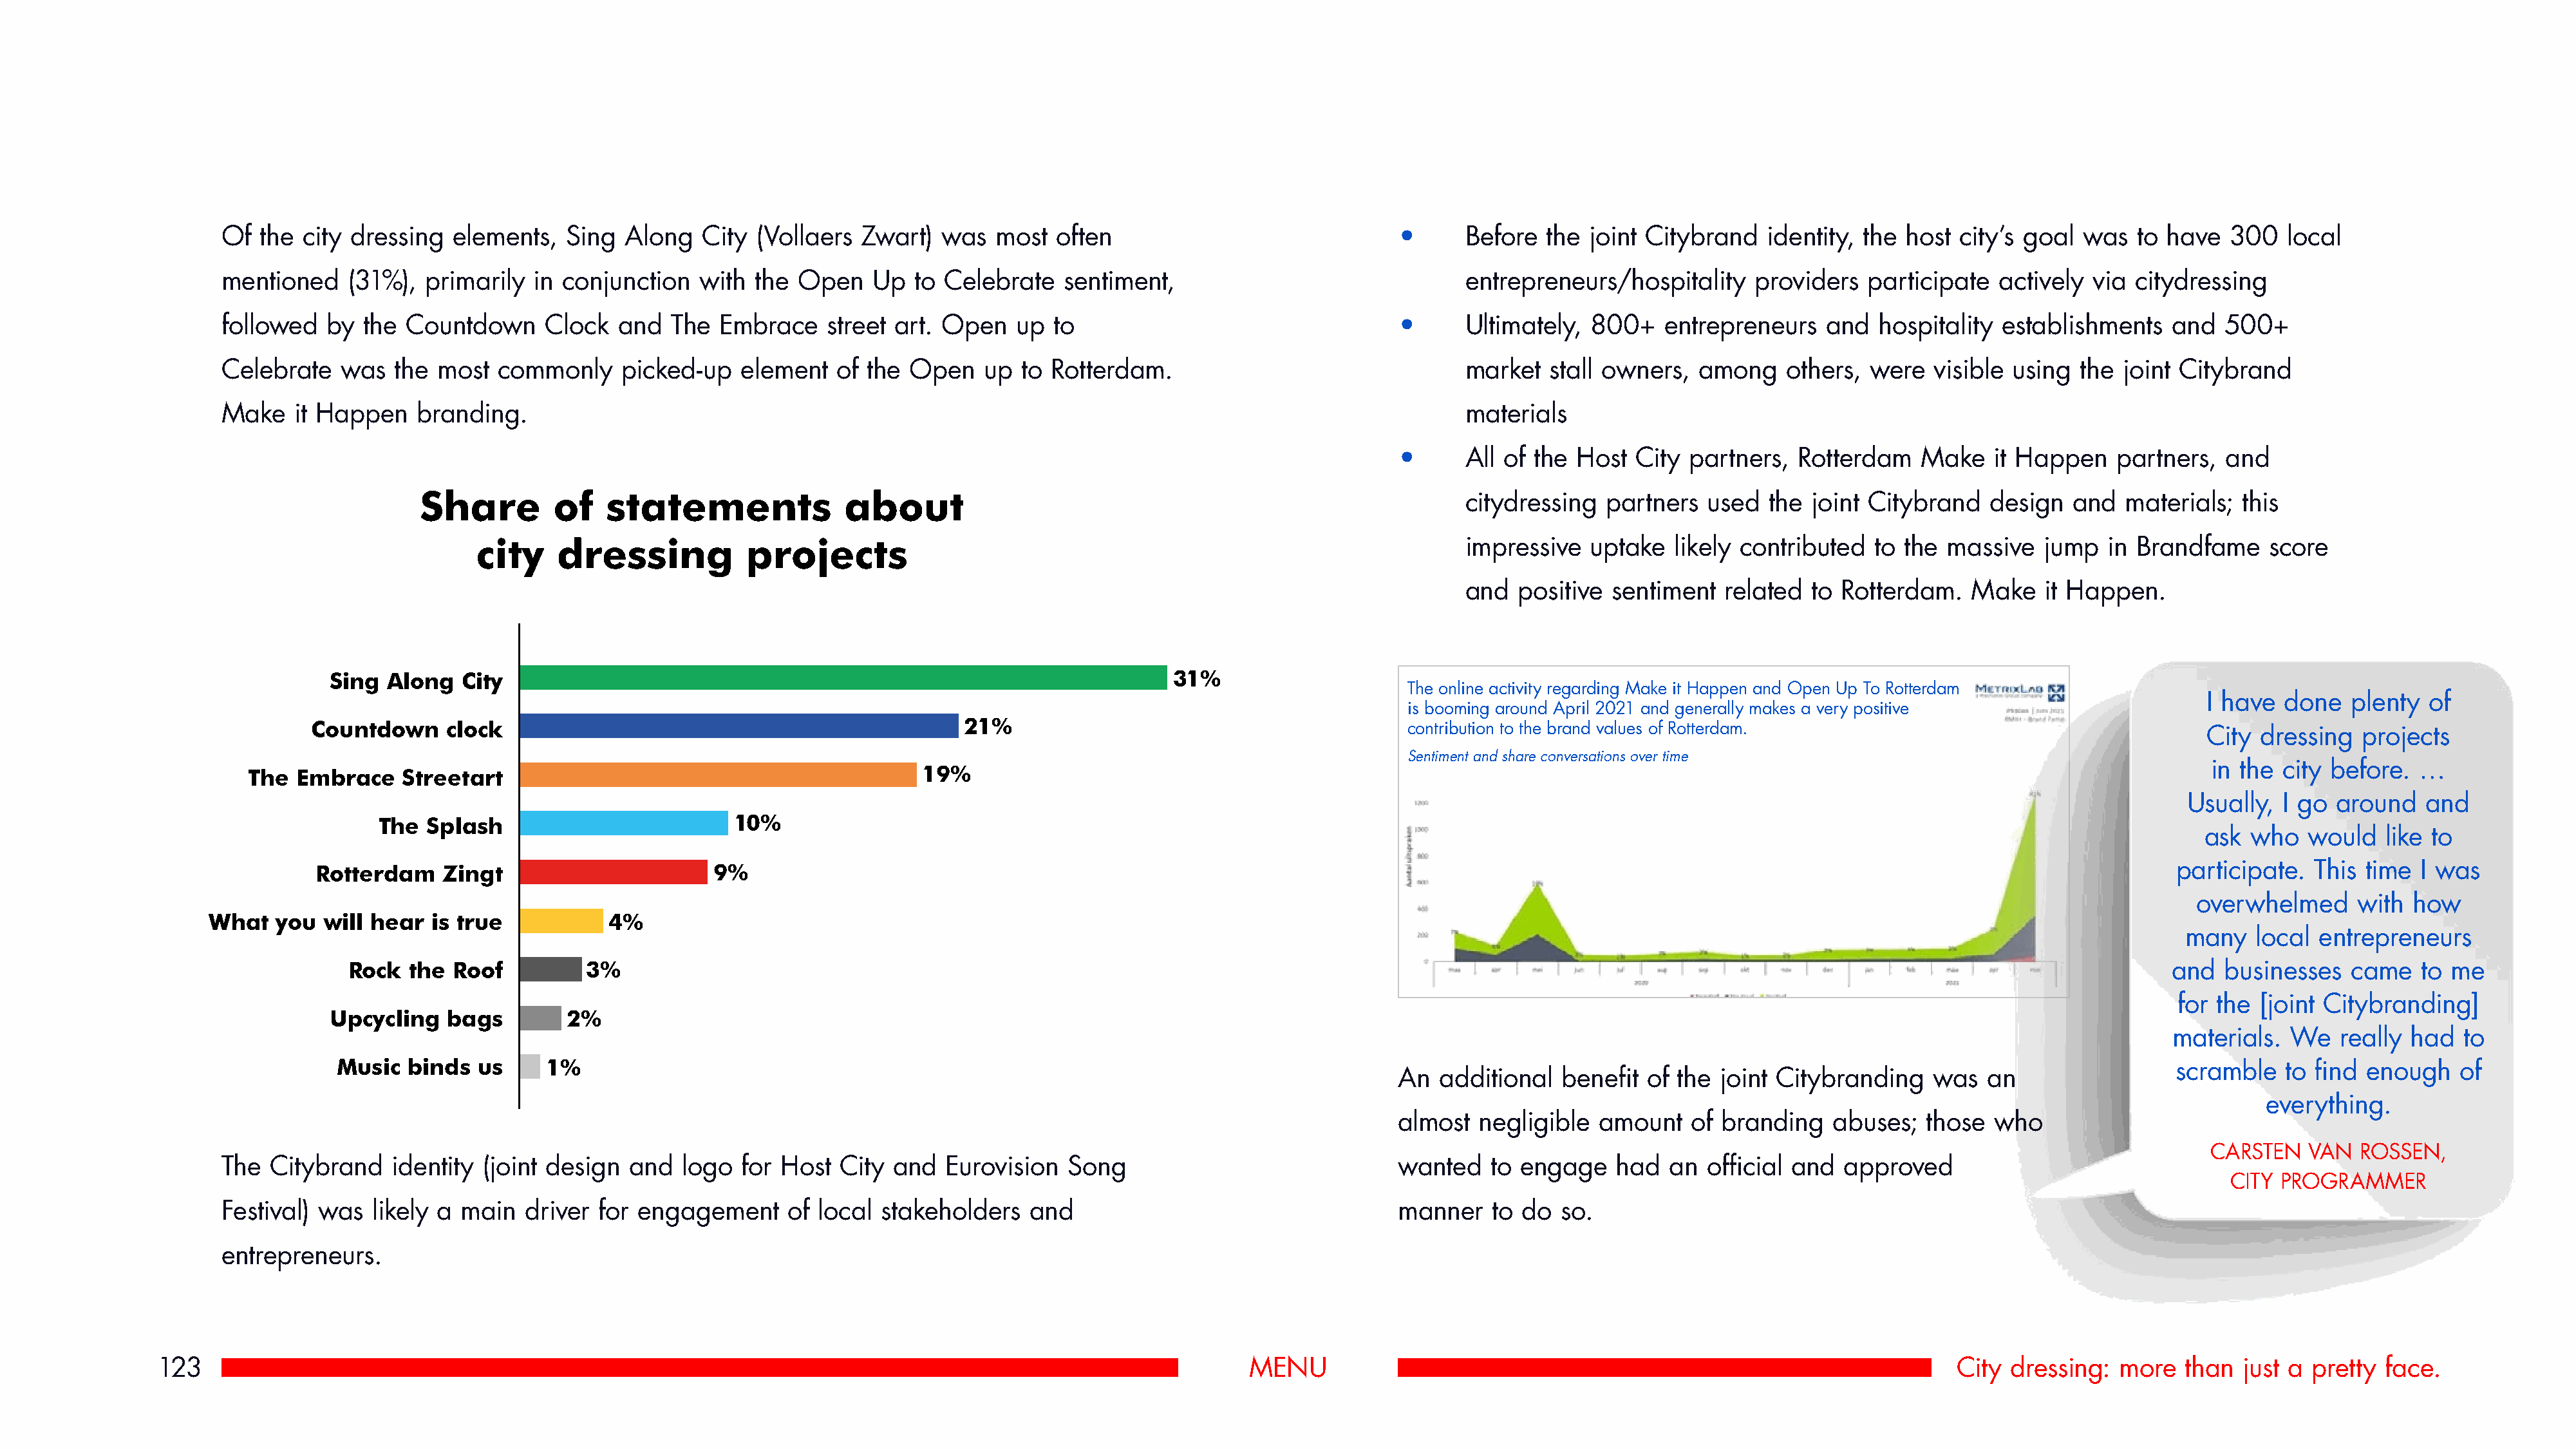
Of  the city dressing   elements,  Sing  Along   City  (Vollaers  Zwart)  was  most   often                              •      Before  the joint Citybrand    identity, the host city’s goal  was   to have  300   local
 mentioned    (31%),  primarily  in conjunction   with  the Open    Up  to Celebrate   sentiment,                                entrepreneurs/hospitality    providers   participate  actively  via citydressing
 followed   by the  Countdown     Clock   and  The  Embrace    street art. Open   up  to                                  •      Ultimately,  800+   entrepreneurs    and  hospitality  establishments   and   500+
 Celebrate   was   the most  commonly     picked-up   element   of the  Open   up  to Rotterdam.                                 market  stall owners,   among    others, were   visible using  the joint Citybrand
 Make   it Happen    branding.                                                                                                   materials
 •      All of the Host  City  partners,  Rotterdam   Make    it Happen    partners,  and
 Share         of   statements               about                                                           citydressing  partners   used  the joint Citybrand    design  and  materials;   this
 city    dressing            projects                                                                  impressive   uptake  likely contributed   to the massive   jump   in Brandfame    score
 and  positive  sentiment  related  to Rotterdam.    Make   it Happen.
 Sing  Along  City                                                                      31%
 The online activity regarding Make it Happen and Open Up To Rotterdam
 I have  done   plenty  of
 is booming around April 2021 and generally makes a very positive
 Countdown     clock                                                21%                                           contribution to the brand values of Rotterdam.                                    City dressing   projects
 Sentiment and share conversations over time
 in the  city before.  …
 The Embrace    Streetart                                             19%
 Usually,  I go around   and
 The  Splash                         10%
 ask who   would   like to
 Rotterdam    Zingt                       9%                                                                                                                                                     participate.  This time  I was
 overwhelmed     with  how
 What   you  will hear  is true            4%
 many   local entrepreneurs
 Rock  the  Roof         3%                                                                                                                                                                 and   businesses   came   to me
 for the [joint Citybranding]
 Upcycling   bags        2%
 materials.  We    really had  to
 Music  binds  us     1%                                                                                                                                                                      scramble   to find enough    of
 An  additional   benefit of the  joint Citybranding    was  an
 everything.
 almost  negligible  amount    of branding   abuses;   those  who
 CARSTEN   VAN   ROSSEN,
 The  Citybrand   identity  (joint design  and  logo  for Host  City  and  Eurovision   Song                              wanted   to engage    had   an official and   approved
 CITY PROGRAMMER
 Festival) was  likely a main   driver  for engagement     of local  stakeholders   and                                   manner   to do  so.
 entrepreneurs.
 123                                                                                                             MENU                                                                     City  dressing:  more   than  just a pretty face.